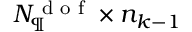
N _ { \P } ^ { \textrm { d o f } } \times n _ { k - 1 }